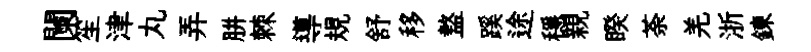
闌笙津丸弄胼棘導規舒移盩蹊途穩親睽荼羌浙鍊